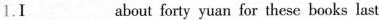
1.I ___ about forty yuan for these books last